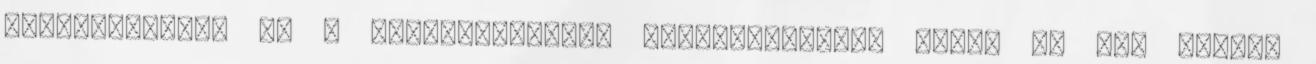
válogathatták ki a legmegfelelőbb munkatársakat, addig ma már kemény